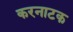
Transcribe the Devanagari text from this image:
करनाटक